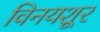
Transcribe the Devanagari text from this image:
विनयशूर